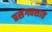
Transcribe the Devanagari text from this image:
प्रसंगवशात